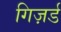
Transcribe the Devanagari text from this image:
गिज़र्ड